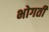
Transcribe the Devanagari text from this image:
भोगती